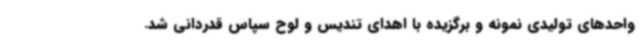
واحدهای تولیدی نمونه و برگزیده با اهدای تندیس و لوح سپاس قدردانی شد.